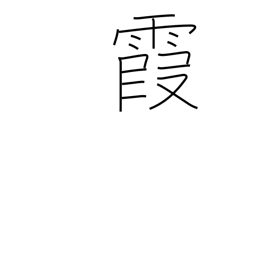
Meaning: be hazy